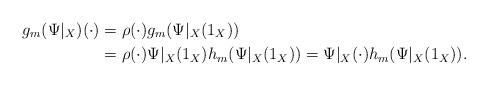
LaTeX: \begin{align*}g_m(\Psi|_X)(\cdot)&=\rho(\cdot)g_m(\Psi|_X(1_X))\\&=\rho(\cdot)\Psi|_X(1_X)h_m(\Psi|_X(1_X))=\Psi|_X(\cdot)h_m(\Psi|_X(1_X)).\end{align*}